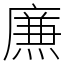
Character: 㢘